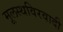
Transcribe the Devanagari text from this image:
मूलस्थविरवादी